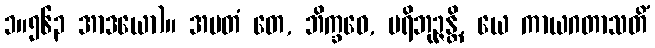
၁။၅၆၃ အာဒယော)။ အမတံ တေ, ဘိက္ခဝေ, ပရိဘုဉ္ဇန္တိ, ယေ ကာယဂတာသတိံ